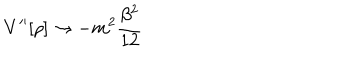
LaTeX: V ^ { \prime \prime } [ \rho ] \rightarrow - m ^ { 2 } \frac { \beta ^ { 2 } } { 1 2 }